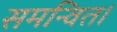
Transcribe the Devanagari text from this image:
समन्वित।